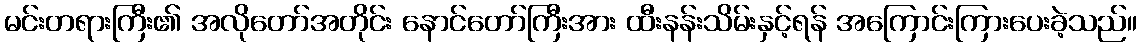
မင်းတရားကြီး၏ အလိုတော်အတိုင်း နောင်တော်ကြီးအား ထီးနန်းသိမ်းနှင့်ရန် အကြောင်းကြားပေးခဲ့သည်။